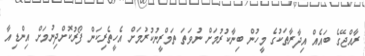
ރާއްޖޭގެ ބައެއް އިދާރާތަކުގެ މީހުން ބިނާކުރުމަށް ނުވަތަ ތަމްރީނުކުރުމަށް އެހީތެރިކަން ފޯރުކޮށްދިނުމަށް އިންޑިއާ